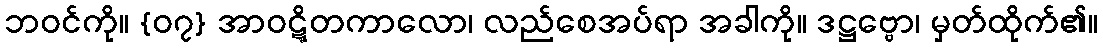
ဘဝင်ကို။ {၀၇} အာဝဋ္ဋိတကာလော၊ လည်စေအပ်ရာ အခါကို။ ဒဋ္ဌဗ္ဗော၊ မှတ်ထိုက်၏။